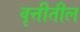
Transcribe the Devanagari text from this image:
वृत्तीतील